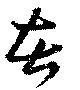
苦